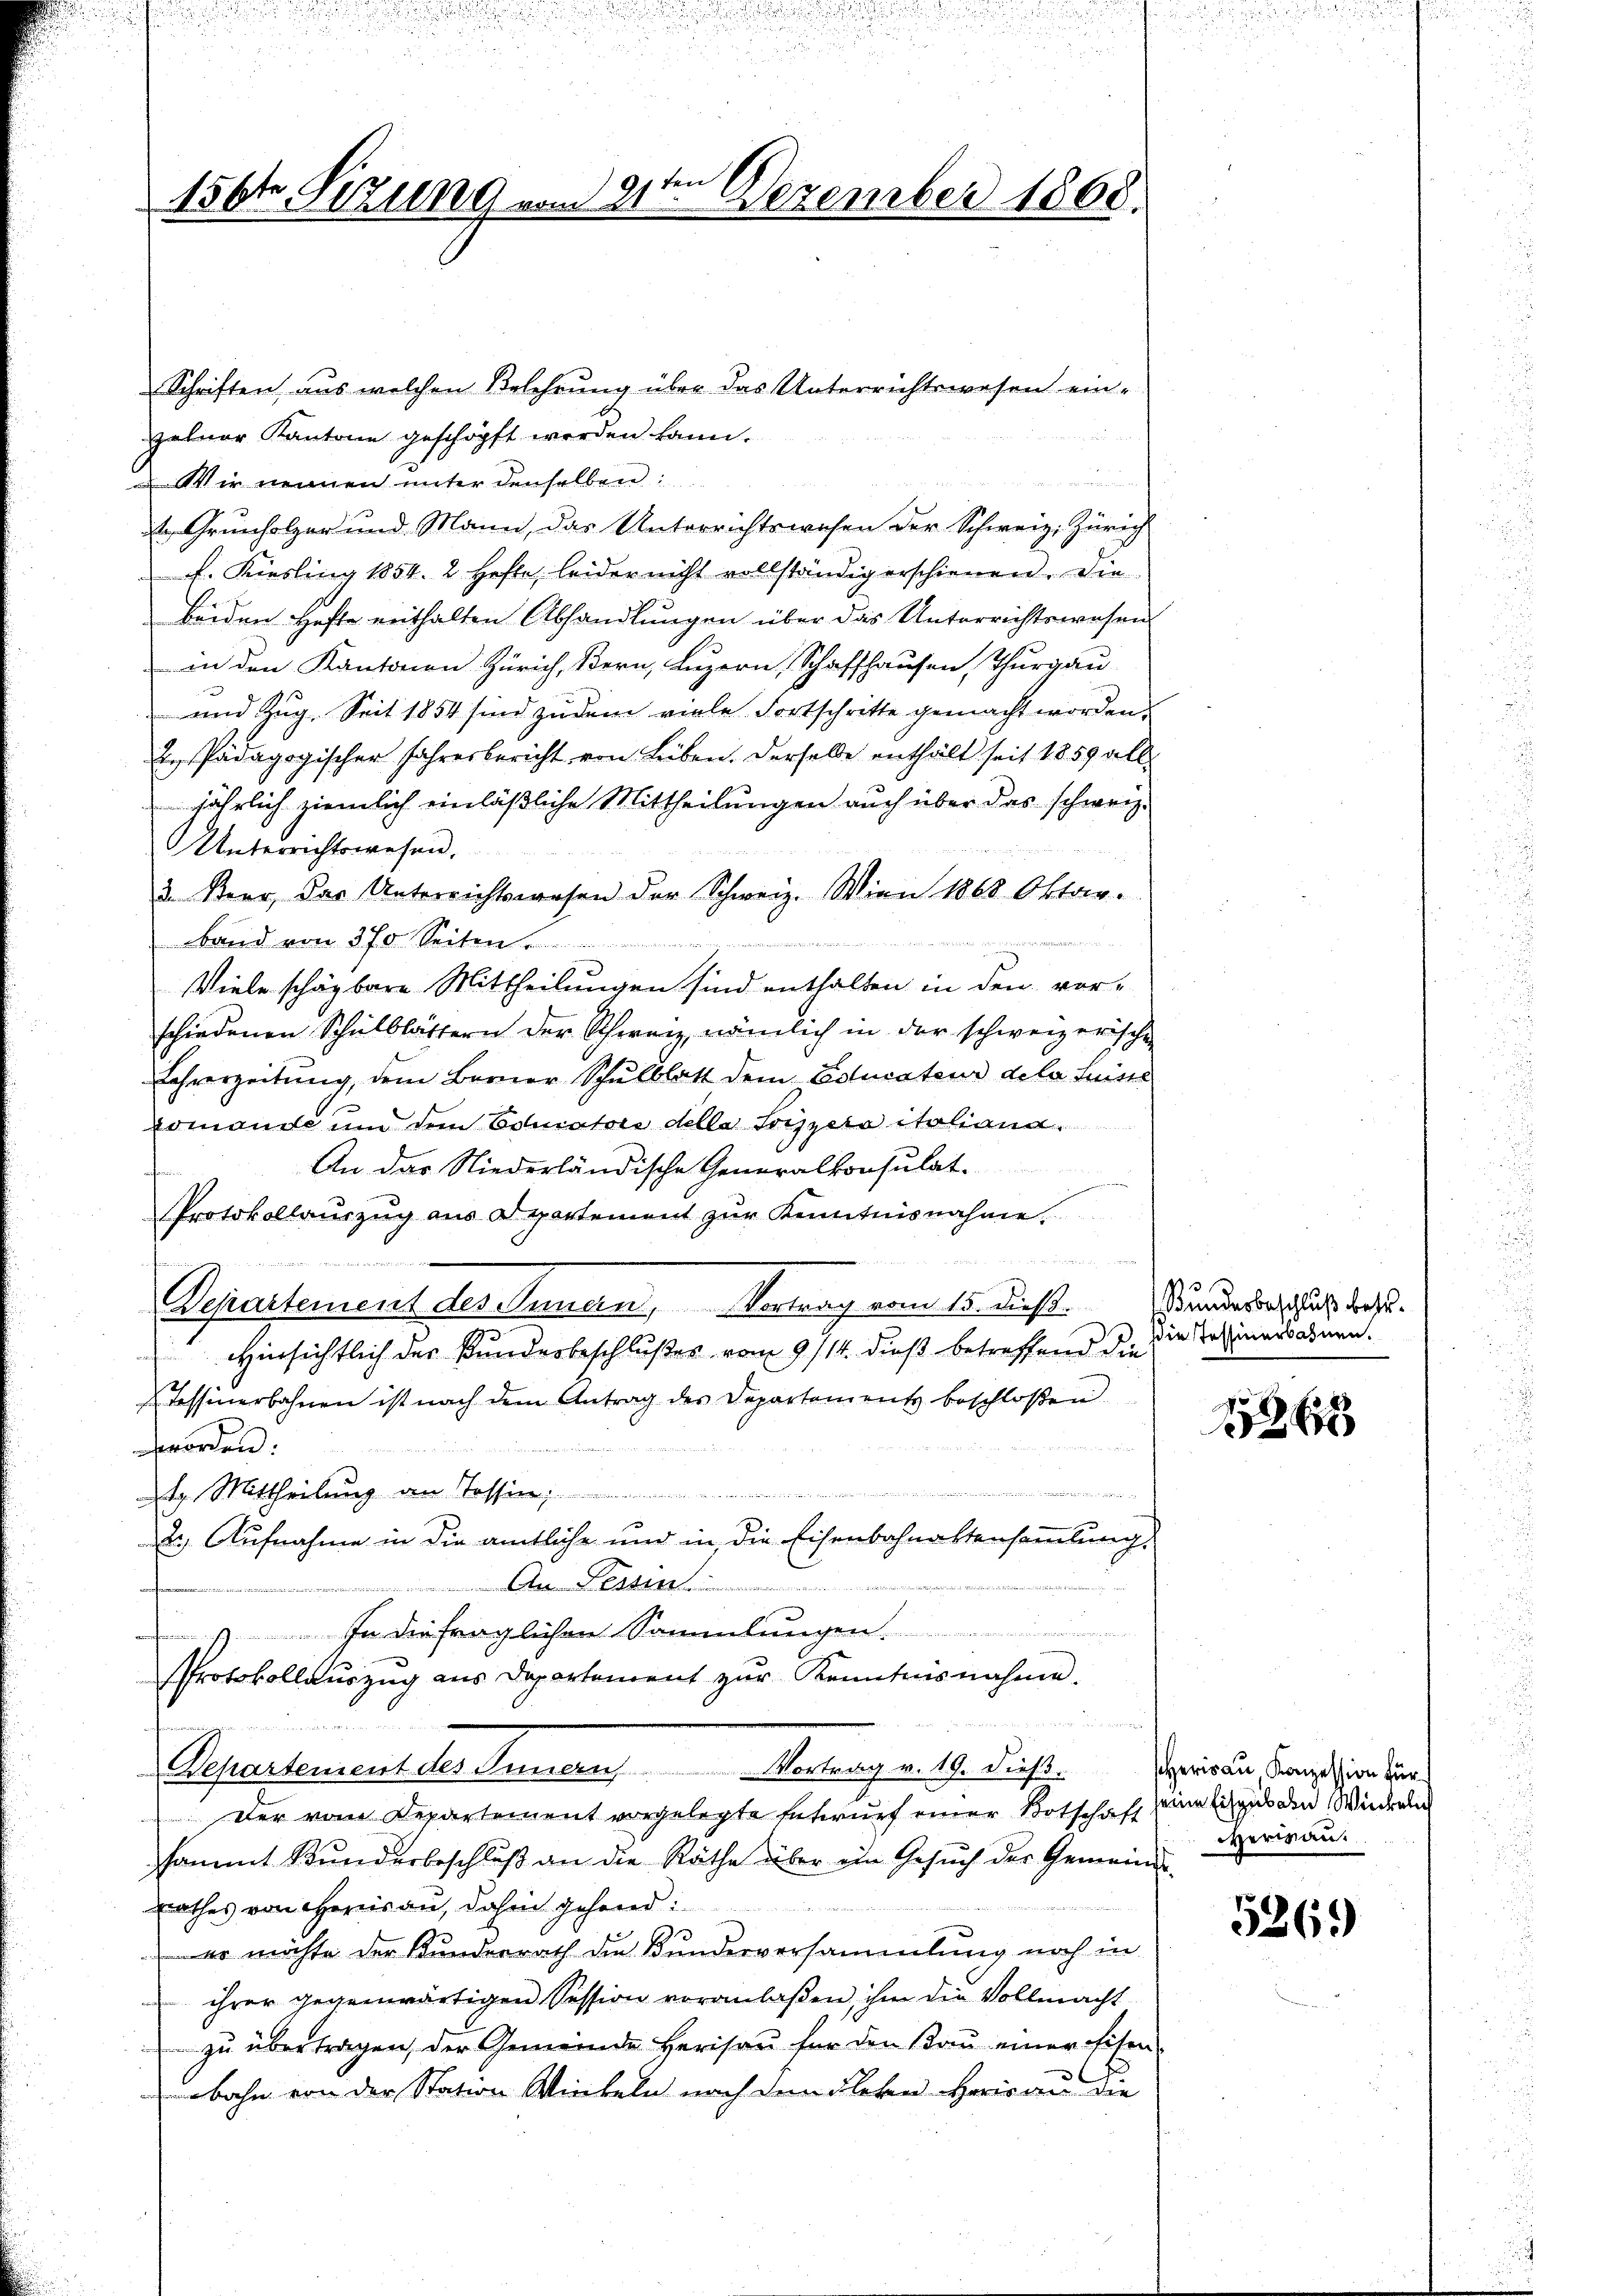
ei
156ten Sizung vom 21. Dezember 1868.

Schriften, aus welchen Belehrung über das Unterrichtswesen ein-
zelner Kantone geschöpft werden kann.
 Wir nennen unter denselben
u
t Grunholzer und Mann, das Unterrichtswesen der Schweiz. Zürich
k. Kiesling 1854. 2 Hefte, leider nicht vollständig erschienen. Die
beiden Hefte enthalten Abhandlungen über das Unterrichtswesen
in den Kantonen Zürich, Bern, Luzern, Schaffhausen, Thurgau
 und Zug. Seit 1854 sind zudem viele Fortschritte gemacht worden.
2. Pädagogischer Jahresbericht von Lieben. Derselbe enthält seit 1859 alle
jährlich ziemlich einläßliche Mittheilungen auch über das schweiz.
Unterrichtswesen.
3. Beer, das Unterrichtswesen der Schweiz. Wien 1868 Oktav-
band von 370 Seiten .....................
Viele schäzbare Mittheilungen sind enthalten in den vorschiedenen Schulblättern der Schweiz, nämlich in der schweizerische
Lehrerzeitung, dem Berner Schulblatt dem Estucateur dela Leiste
romande und dem Couratori della Soizzera italiana
An das Niederländische Generalkonsulat.
Protokollauszug aus Departement zur Kenntnisnahme
Repartement des Innern, Vortrag vom 15. Dich. Bundesbeschluß des¬
Hinsichtlich der Bundesbeschlußes vom 9/14. dieß betreffend die
Tessinerbahnen ist nach dem Antrag des Departements beschloßen

 23 des
worden.

24. Mittheilung an Tessinn
2). Aufnahme in die amtliche und in die Eisenbahnaktersammlung
An Tessin
 In die fraglichen Sammlungen.
Protokollauszug aus Departement zur Kenntnisnahme.

Vortrag v. 19. dieß.
Departement des Innern

Der vom Departement vorgelegte Entwurf einer Botschaft eine Eingab den Wiederung
sammt Kunderbeschluß an die Räthe über ein Gesuch der Gemeinde-
rathes von Herisau, dahin gehend:
es möchte der Bunderrath die Bundesversammlung noch in
ihrer gegenwärtigen Session veranlaßen, ihm die Vollmacht
zŭ übertragen, der Gemeinde Herisaŭ für den Baŭ einer Eisen-
nebahn von der Station Winkeln nach dem Flehen Herisau die

Die stessinerbahnen.

1865

Herisau Konzession für
Verwan

536)